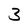
Character: 3